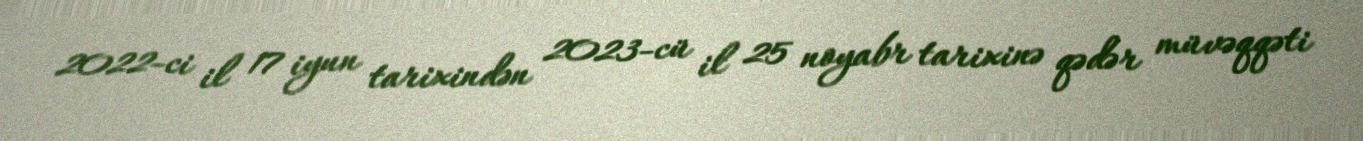
2022-ci il 17 iyun tarixindən 2023-cü il 25 noyabr tarixinə qədər müvəqqəti